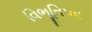
વિભૂતિપદ